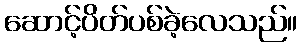
ဆောင့်ပိတ်ပစ်ခဲ့လေသည်။